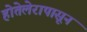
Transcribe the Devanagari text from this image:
होतेलेरापासून